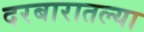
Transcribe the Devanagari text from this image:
दरबारातल्या